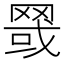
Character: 䍞